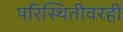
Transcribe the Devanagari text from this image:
परिस्थितीवरही